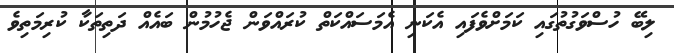
ލިބޭ ހުސްވަގުތުގައި ކަމަށްވެފައި އެކަނި އެމަސައްކަތް ކުރައްވަން ޖެހުމުން ބައެއް ދަތިތަކާ ކުރިމަތިވެ